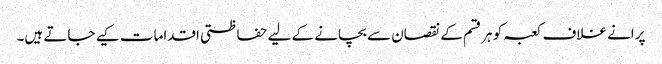
پرانے غلاف کعبہ کو ہرقسم کے نقصان سے بچانے کے لیے حفاظتی اقدامات کیے جاتے ہیں۔